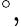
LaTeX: ^{\circ},